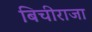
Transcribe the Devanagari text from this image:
बिचीराजा